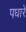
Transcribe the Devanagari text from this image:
पधारें